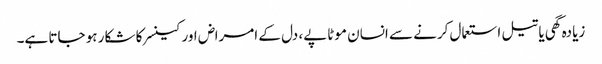
زیادہ گھی یا تیل استعمال کرنے سے انسان موٹاپے، دل کے امراض اور کینسر کا شکار ہو جاتا ہے۔